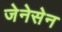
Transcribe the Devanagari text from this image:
जेनेसेन